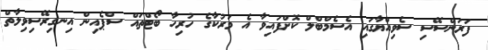
ފަރަންސޭސި ސެވިއްޔާގައި އެސެމްބްލް ކޮށްފައިވާ އެ މަރުކާގެ ހުރިހާ ބޯޓްތައް ސްޕެއިން އިނގިރޭސިވިލާތް